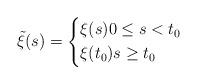
LaTeX: \begin{align*} \tilde{\xi}(s)=\left\{\begin{aligned} &\xi(s) 0 \leq s < t_0\\ &\xi(t_0) s \geq t_0 \end{aligned} \right.\end{align*}